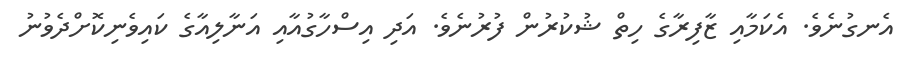
އެނގުނެވެ. އެކަމާއި ޒާފިރާގެ ހިތް ޝުކުރުން ފުރުނެވެ. އަދި އިސްހާގުއާއި އަނާލިއާގެ ކައިވެނިކޮށްދެވުނު